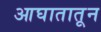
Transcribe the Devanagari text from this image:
आघातातून